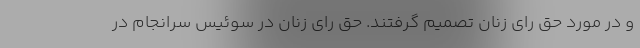
و در مورد حق رای زنان تصمیم گرفتند. حق رای زنان در سوئیس سرانجام در